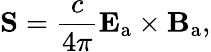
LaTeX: \mathbf{S}={\frac{c}{4\pi}}\mathbf{E}_{\mathrm{a}}\times\mathbf{B}_{\mathrm{a}},